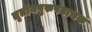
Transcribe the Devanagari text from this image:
तृतीयपुरुषवाचक